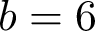
b = 6